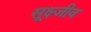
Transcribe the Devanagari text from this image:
सूक्ष्जीव